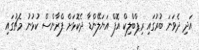
އަދި ދެވަނަ ބުރުގައި ރިޕްބްލިކް އޮފް އަޔަލޭންޑާ ދެކޮޅަށް ފްރާންސް ކުޅުނު މެޗުގައި